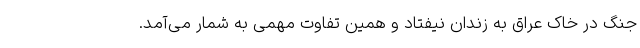
جنگ در خاک عراق به زندان نیفتاد و همین تفاوت مهمی به شمار می‌آمد.